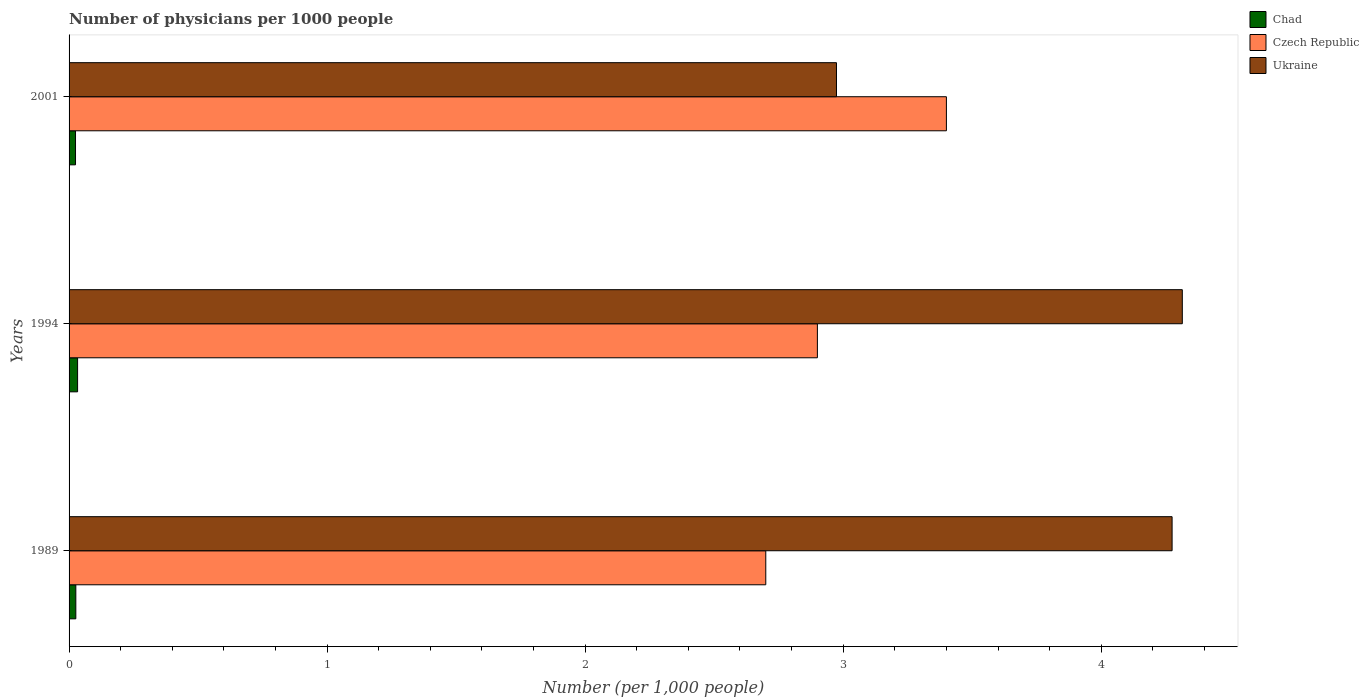
| Years | Chad | Czech Republic | Ukraine |
 | --- | --- | --- | --- |
 | 1989 | 0.0262 | 2.7 | 4.27 |
 | 1994 | 0.033 | 2.9 | 4.31 |
 | 2001 | 0.025 | 3.4 | 2.97 |